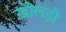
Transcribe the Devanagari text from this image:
खोलड़ी